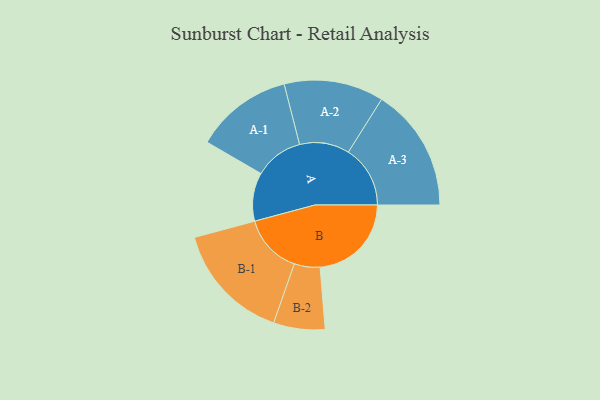
{"axis": {"x": "Segment", "y": "Value"}, "legend": ["", "A", "B"], "data": [{"x": "A", "y": 209, "type": ""}, {"x": "B", "y": 394, "type": ""}, {"x": "A-1", "y": 210, "type": "A"}, {"x": "A-2", "y": 215, "type": "A"}, {"x": "A-3", "y": 267, "type": "A"}, {"x": "B-1", "y": 257, "type": "B"}, {"x": "B-2", "y": 111, "type": "B"}]}